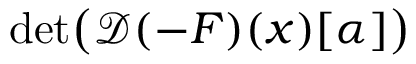
\operatorname* { d e t } \bigl ( \mathcal { D } ( - \boldsymbol { F } ) ( \boldsymbol { x } ) [ \alpha ] \bigr )